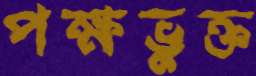
পক্ষভুক্ত